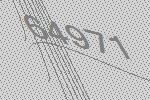
64971